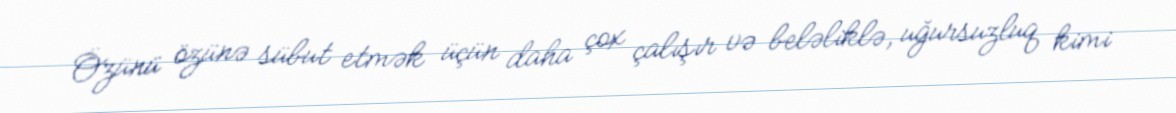
Özünü özünə sübut etmək üçün daha çox çalışır və beləliklə, uğursuzluq kimi